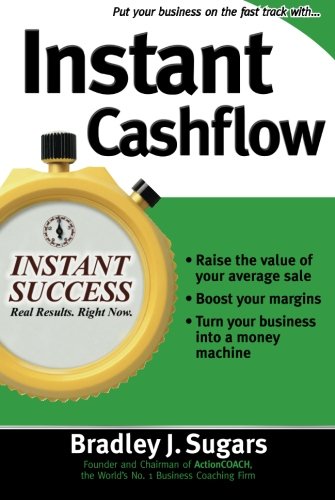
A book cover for Instant Cashflow (Instant Success); Bradley Sugars; Business & Money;